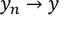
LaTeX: y _ { n } \to y